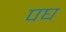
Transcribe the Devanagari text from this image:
पघ